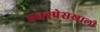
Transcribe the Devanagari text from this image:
एक्स्प्रेसखाली